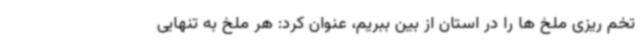
تخم ریزی ملخ ها را در استان از بین ببریم، عنوان کرد: هر ملخ به تنهایی